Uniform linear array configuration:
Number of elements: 24
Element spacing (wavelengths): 0.25
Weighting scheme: cosine
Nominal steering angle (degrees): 45
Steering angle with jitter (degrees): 44.742
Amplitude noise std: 0.05
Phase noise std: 0.05

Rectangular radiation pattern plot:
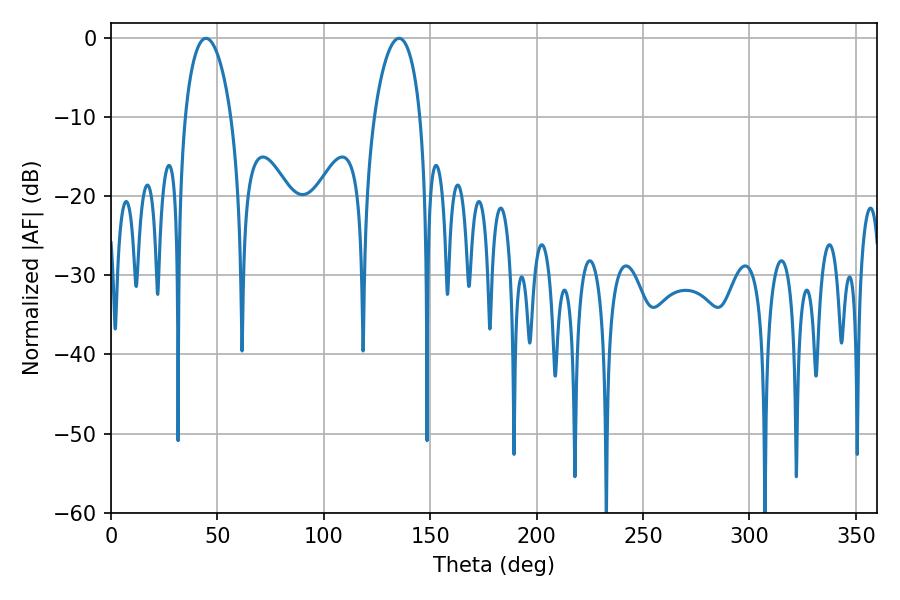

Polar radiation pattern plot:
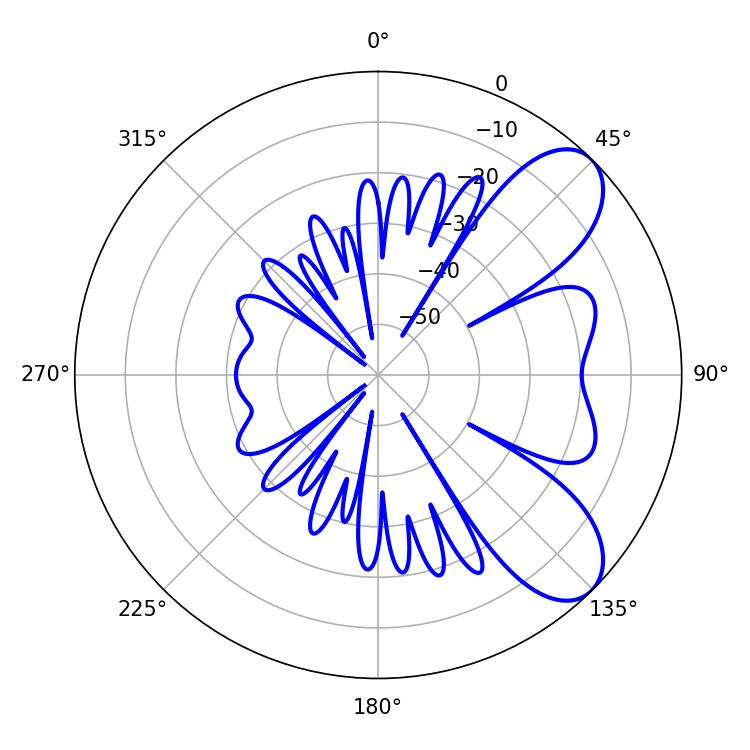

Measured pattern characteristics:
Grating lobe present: FALSE
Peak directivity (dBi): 7.732
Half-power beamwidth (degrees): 12.24
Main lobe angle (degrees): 44.64